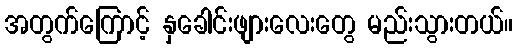
အတွက်ကြောင့် နှခေါင်းဖျားလေးတွေ မည်းသွားတယ်။